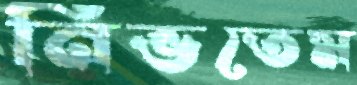
নিভতেম